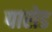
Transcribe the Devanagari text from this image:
पारोड